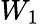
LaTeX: W_{1}